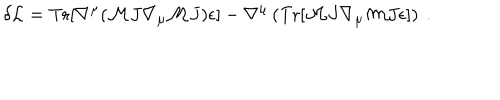
LaTeX: \delta { \cal L } = \mathrm { T r } [ \nabla ^ { \mu } ( { \cal M } J \nabla _ { \mu } { \cal M } J ) \epsilon ] - \nabla ^ { \mu } \left( \mathrm { T r } [ { \cal M } J \nabla _ { \mu } { \cal M } J \epsilon ] \right) \ .